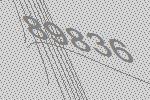
89836